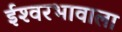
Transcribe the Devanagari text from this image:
ईश्‍वरभावाला